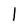
Character: 1